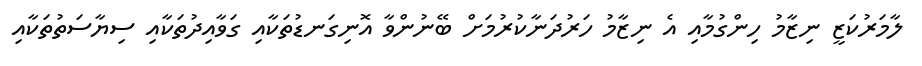
ލާމަރުކަޒީ ނިޒާމު ހިންގުމާއި އެ ނިޒާމު ހަރުދަނާކުރުމަށް ބޭނުންވާ އޮނިގަނޑުތަކާއި ގަވާއިދުތަކާއި ސިޔާސަތުތަކާއި